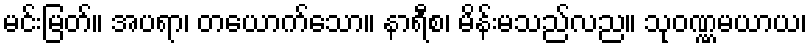
မင်းမြတ်။ အပရာ၊ တယောက်သော။ နာရီစ၊ မိန်းမသည်လည။ သုဝဏ္ဏမယာယ၊